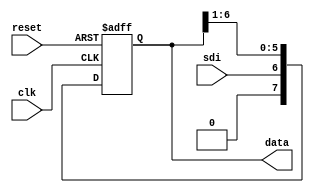
module shift_register #(parameter WORD = 8)(
    input wire clk,
    input wire reset,
    input wire sdi,
    output wire [WORD-1:0] data
);

    reg [WORD-1:0] shift_reg;

    always @(posedge clk or negedge reset) begin
        if (!reset) begin
            shift_reg <= {WORD{1'b0}};
        end else begin
            shift_reg <= {sdi, shift_reg[WORD-2:1]};
        end
    end

    assign data = shift_reg;

endmodule